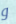
و